Report of the Municipal Commissioner on the plague in Bombay for the year ending 31st May... - Volume 1
Disease focus: Plague
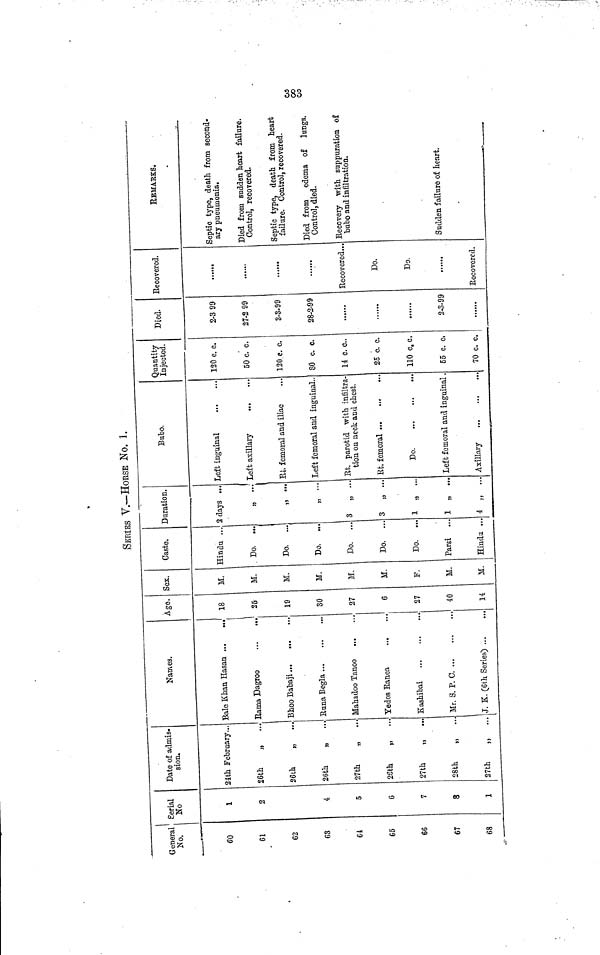
383
SERÍES V.—HORSE No. 1.
General
No.
00
61
62
63
64
65
66
67
68
Serial
No
1
2
•Í
5
6
7
δ
1
Date of admis-
sion.
24th February...
26th
„
26th
„
...
26th
„
27th
„
26th
„
27th
„
28th
„
...
27th
„
Names.
Bale Kban Hasan ...
...
Rama Dagroo
...
··.
Bhoo Babaji ...
...
Buna Begla
Mahadoo Tanoo
Yedos Ranea
Kashibai
...
...
...
Mr. 8. P. 0
J. K. (6th Series)
Age.
18
26
19
SO
27
6
27
40
14
Sex.
M.
M.
M.
If.
M.
M.
F.
M.
M.
Caste.
Hindu ...
Do.
...
Do.
Do.
...
Do.
...
Do.
...
Do.
...
Parsi ...
Hindu ...
Duration.
2 days ...
»
j? ···
„ ...
3
„ ..
3
„ ...
ι » ...
1 » ».
i „ ·..
Bubo.
Left inguinal
Left axillary
Rt. femoral and iliac
Left femoral and inguinal..
Efc. parotid with infiltra-
tion on neck and chest.
Et. femoral
,
Do
Left femoral and inguinal .
Axillary
Quantity
Injected.
120 c. c.
50 c. c.
120 c. e.
80 c. c.
14 c. o..
25 c. c.
110 o.e.
55 c. Ci
70 c. c.
Died.
2-399
27-2 99
3-3-99
28-2-99
2-3-99
Recovered.
......
Recovered...
Do.
Do.
Recovered.
REMAKES.
Septic type, death from second·
ary pneumonia.
Died from sudden heart failure.
Control, recovered.
Septic type, death from heart
failure. Control, recovered.
Died from edema of lungs.
Control, died.
Recovery with suppuration of
bubo and infiltration.
Sudden failure of heart.